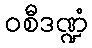
ဝစီဒဏ္ဍံ